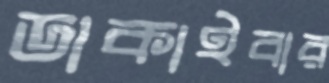
ডাকাইবার